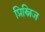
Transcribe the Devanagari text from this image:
प्रिस्निज